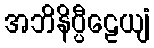
အဘိနိပ္ပီဠေယျံ